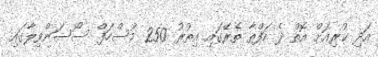
އަދި ކުރިއަށް އޮތް ދެ ހަފްތާ ތެރޭގައި އިތުރު 250 މުސްހަފް ސޯސަންވިލާގައި